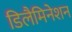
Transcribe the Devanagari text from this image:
डिलैमिनेशन